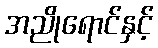
အညိုရောင်နှင့်